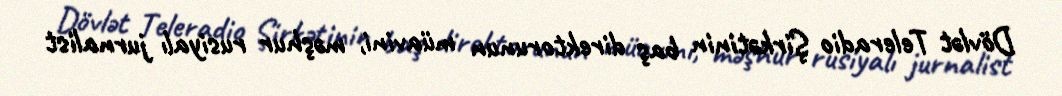
Dövlət Teleradio Şirkətinin baş direktorunun müavini, məşhur rusiyalı jurnalist